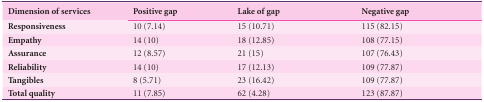
<table><thead><tr><td><b>Dimension of services</b></td><td><b>Positive gap</b></td><td><b>Lake of gap</b></td><td><b>Negative gap</b></td></tr></thead><tbody><tr><td><b>Responsiveness</b></td><td> 10 (7.14) </td><td> 15 (10.71) </td><td> 115 (82.15) </td></tr><tr><td><b>Empathy</b></td><td> 14 (10) </td><td> 18 (12.85) </td><td> 108 (77.15) </td></tr><tr><td><b>Assurance</b></td><td> 12 (8.57) </td><td> 21 (15) </td><td> 107 (76.43) </td></tr><tr><td><b>Reliability</b></td><td> 14 (10) </td><td> 17 (12.13) </td><td> 109 (77.87) </td></tr><tr><td><b>Tangibles</b></td><td> 8 (5.71) </td><td> 23 (16.42) </td><td> 109 (77.87) </td></tr><tr><td><b>Total quality </b></td><td> 11 (7.85) </td><td> 62 (4.28) </td><td> 123 (87.87) </td></tr></tbody></table>